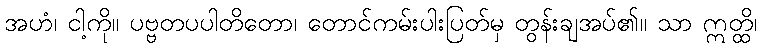
အဟံ၊ ငါ့ကို။ ပဗ္ဗတပပါတိတော၊ တောင်ကမ်းပါးပြတ်မှ တွန်းချအပ်၏။ သာ ဣတ္ထိ၊